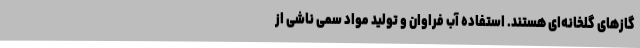
گازهای گلخانه‌ای هستند. استفاده آب فراوان و تولید مواد سمی ناشی از